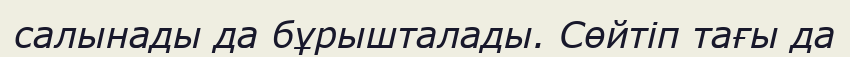
салынады да бұрышталады. Сөйтіп тағы да